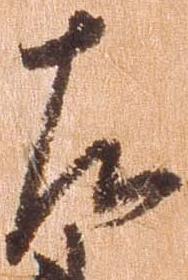
左